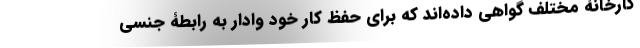
کارخانۀ مختلف گواهی داده‌اند که برای حفظ کار خود وادار به رابطۀ جنسی